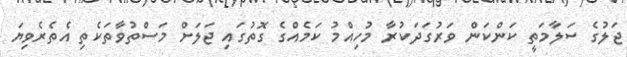
ޖަލުގެ ސަލާމަތީ ކަންކަން ވަރުގަދަކުރާ މުހިއްމު ކަމެއްގެ ގޮތުގައި ޖަލަށް މަސްތުވާތަކެތި އެތެރެވިޔަ